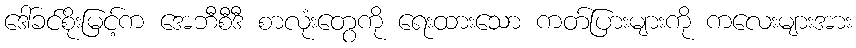
ဒေါ်ခင်စိုးမြင့်က အေဘီစီဒီ စာလုံးတွေကို ရေးထားသော ကတ်ပြားများကို ကလေးများအား